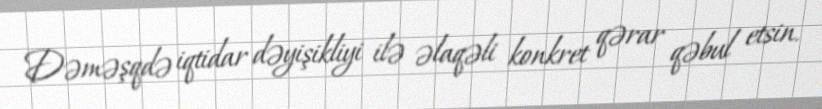
Dəməşqdə iqtidar dəyişikliyi ilə əlaqəli konkret qərar qəbul etsin.